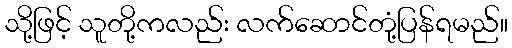
သို့ဖြင့် သူတို့ကလည်း လက်ဆောင်တုံ့ပြန်ရမည်။